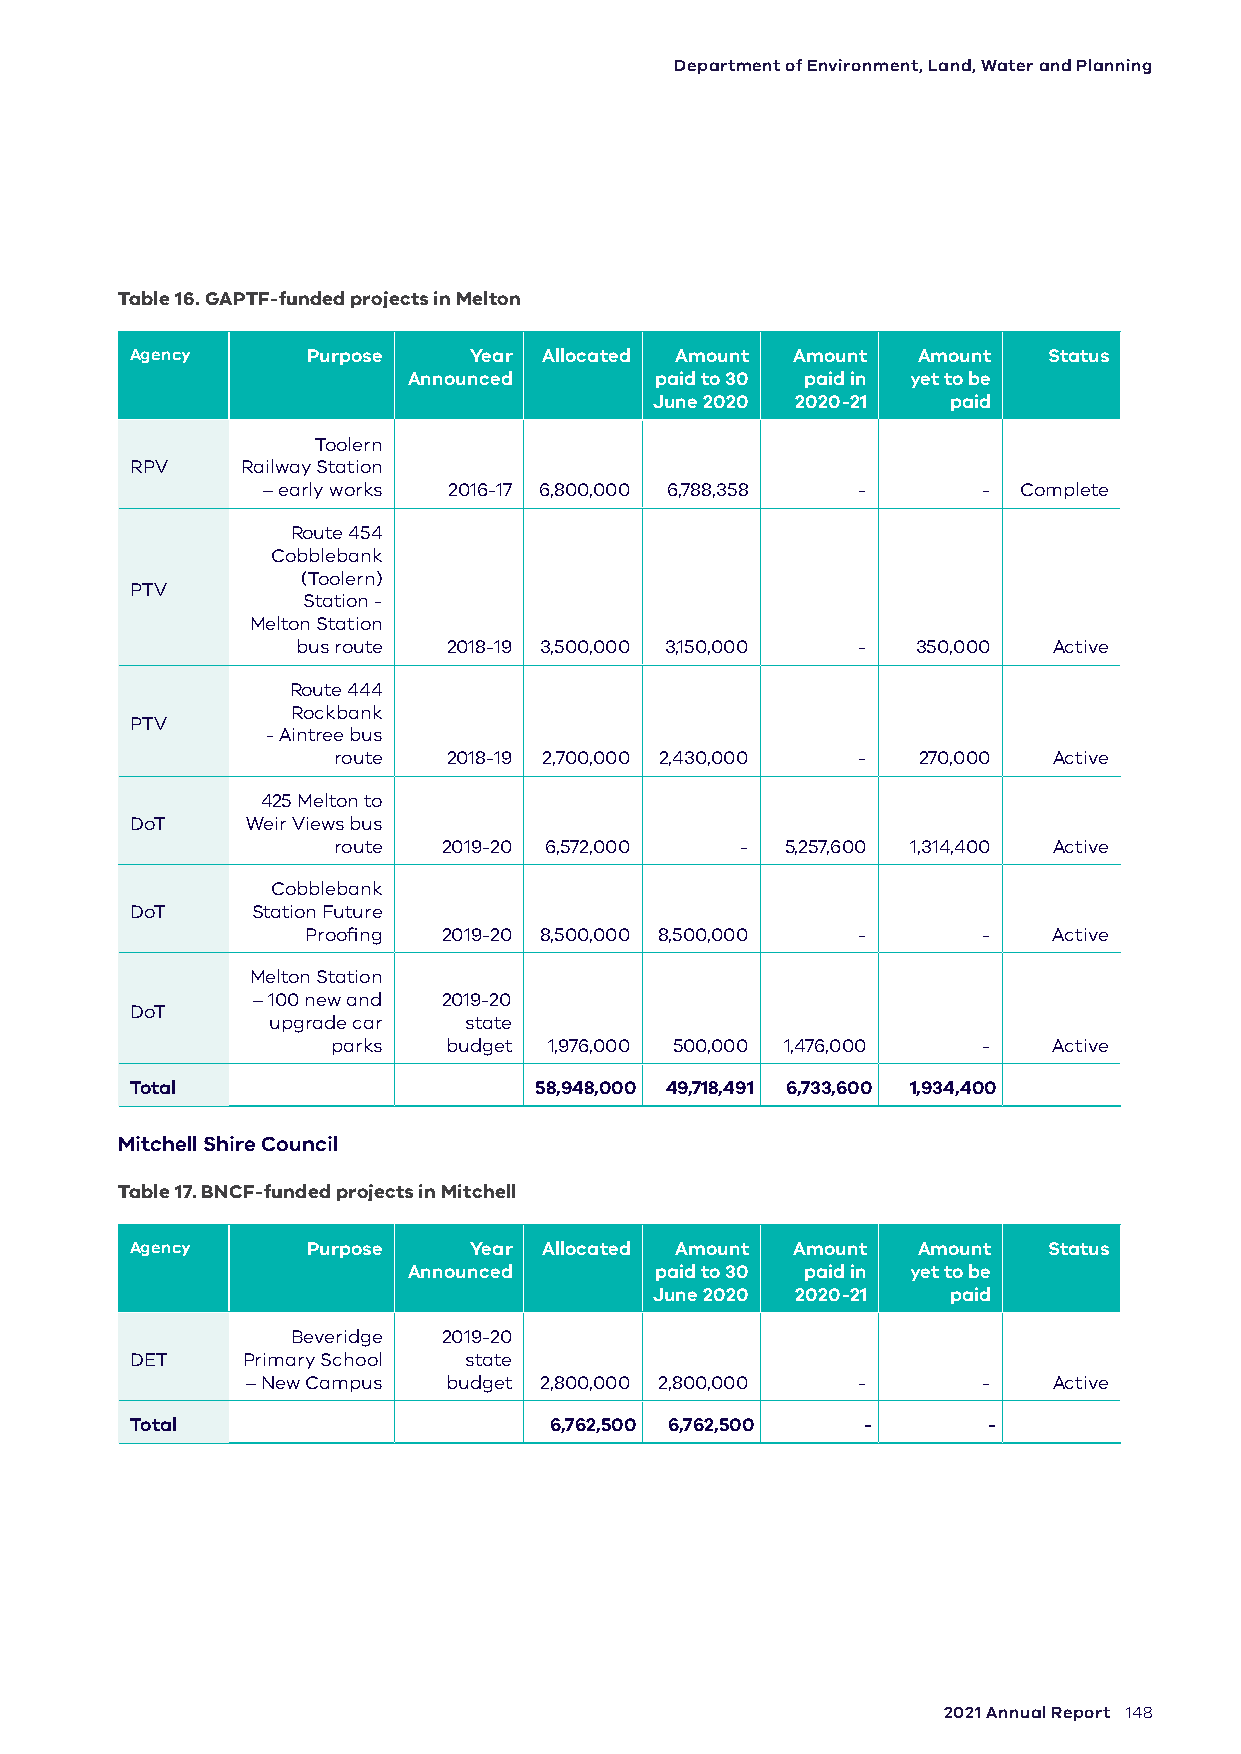
Department of Environment, Land, Water and Planning
 Table 16. GAPTF-funded projects in Melton
 Agency     Purpose    Year Allocated Amount Amount  Amount  Status
 Announced       paid to 30 paid in yet to be
 June 2020 2020-21   paid
 Toolern
 RPV    Railway Station
 – early works 2016-17 6,800,000 6,788,358 -     - Complete
 Route 454
 Cobblebank
 (Toolern)
 PTV
 Station -
 Melton Station
 bus route 2018-19 3,500,000 3,150,000 -  350,000  Active
 Route 444
 Rockbank
 PTV
 - Aintree bus
 route   2018-19 2,700,000 2,430,000 -  270,000  Active
 425 Melton to
 DoT    Weir Views bus
 route  2019-20 6,572,000   -  5,257,600 1,314,400 Active
 Cobblebank
 DoT     Station Future
 Proofing 2019-20 8,500,000 8,500,000 -       -    Active
 Melton Station
 – 100 new and 2019-20
 DoT
 upgrade car  state
 parks  budget 1,976,000 500,000 1,476,000  -    Active
 Total                     58,948,000 49,718,491 6,733,600 1,934,400
 Mitchell Shire Council
 Table 17. BNCF-funded projects in Mitchell
 Agency     Purpose    Year Allocated Amount Amount  Amount  Status
 Announced       paid to 30 paid in yet to be
 June 2020 2020-21   paid
 Beveridge 2019-20
 DET    Primary School state
 – New Campus budget 2,800,000 2,800,000  -       -    Active
 Total                      6,762,500 6,762,500  -       -
 2021 Annual Report 148